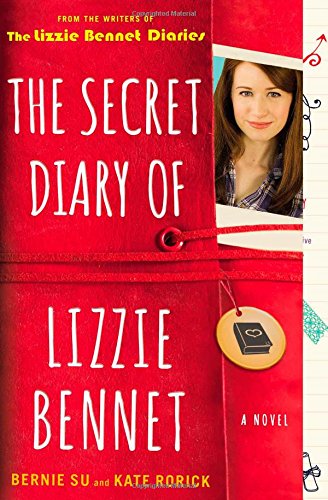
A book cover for The Secret Diary of Lizzie Bennet: A Novel (Lizzie Bennet Diaries); Bernie Su; Literature & Fiction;